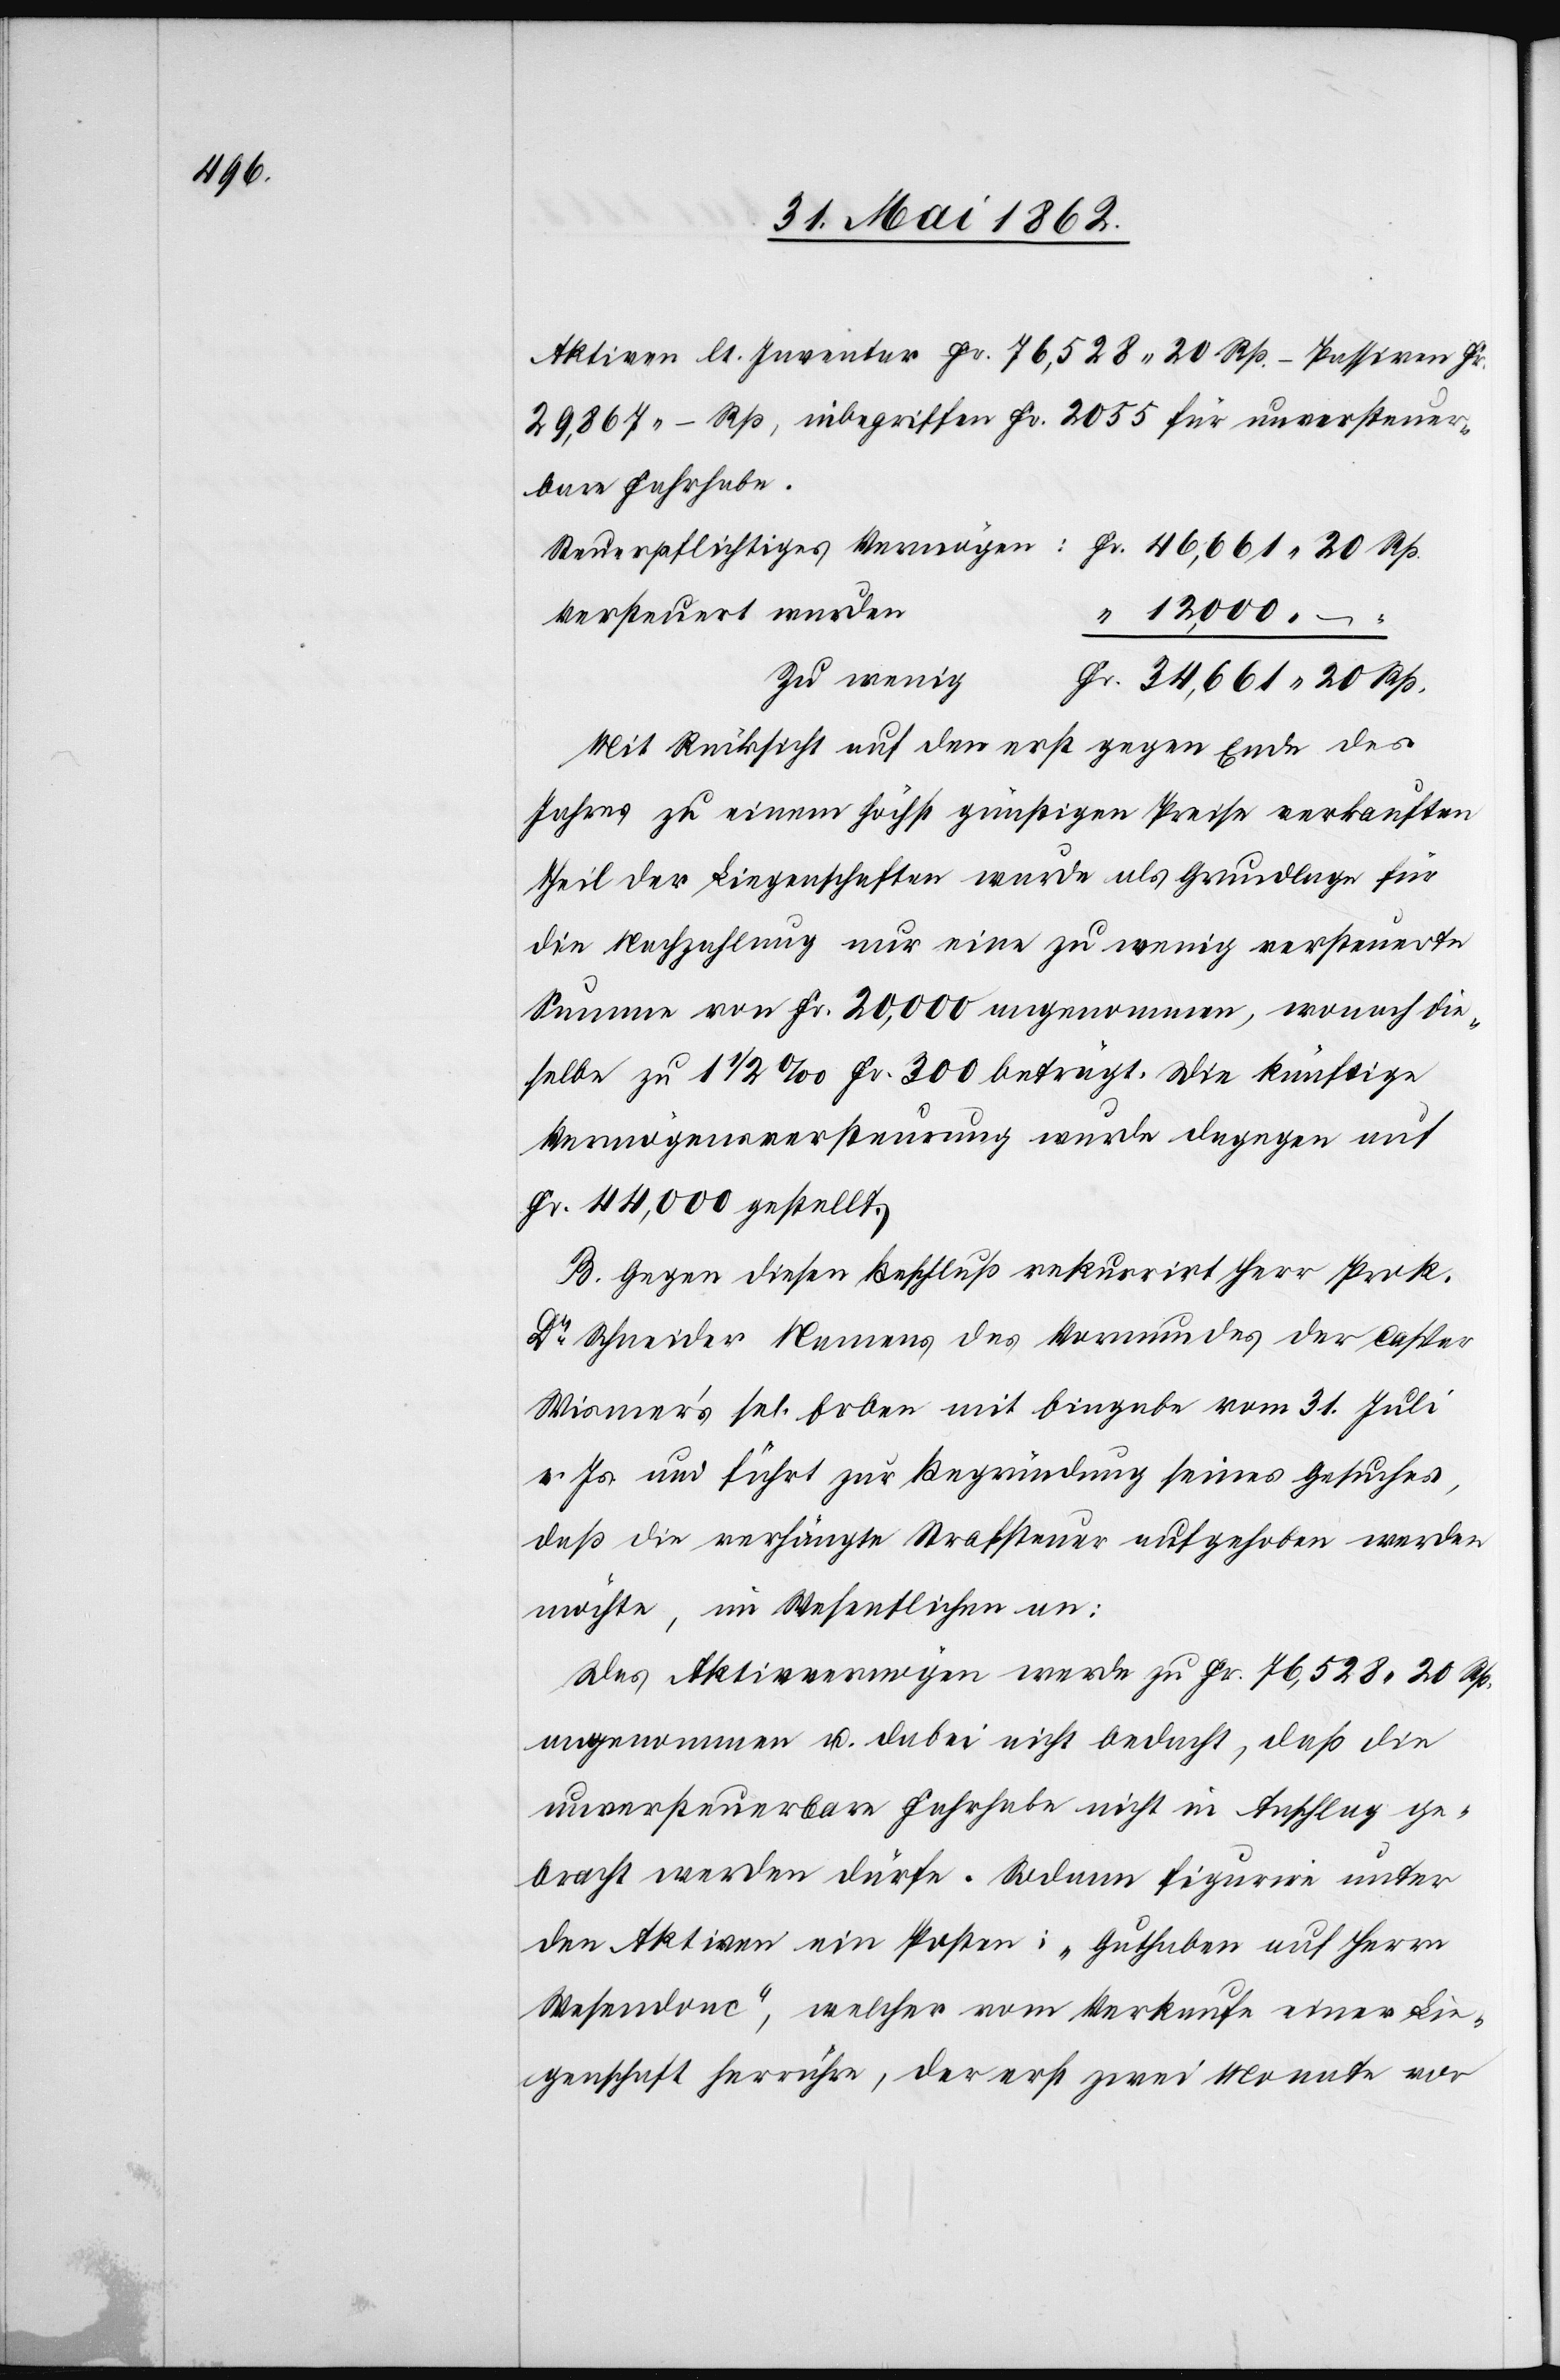
Aktiven lt. Inventar Fr. 76,528 20 Rp. – Passiven Fr.
29,867 – Rp., inbegriffen Fr. 2055 für unversteuer¬
bare Fahrhabe.
Versteuert wurden
12,000
Zu wenig
Mit Rücksicht auf den erst gegen Ende des
Jahres zu einem höchst günstigen Preise verkauften
Theil der Liegenschaften wurde als Grundlage für
die Nachzahlung nur eine zu wenig versteuerte
Summe von Fr. 20,000 angenommen, wonach die¬
selbe zu 1 1/2‰ Fr. 300 beträgt. Die künftige
Vermögensversteurung wurde dagegen auf
Fr. 44,000 gestellt.
B. Gegen diesen Beschluß rekurrirt Herr Prok.
Dr. Schneider Namens des Vormundes der Caspar
Wismer’s sel. Erben mit Eingabe vom 31. Juli
v. Js. und führt zur Begründung seines Gesuches,
daß die verhängte Strafsteuer aufgehoben werden
möchte, im Wesentlichen an:
Das Aktivvermögen werde zu Fr. 76,528 20 Rp.
angenommen u. dabei nicht bedacht, daß die
unversteuerbare Fahrhabe nicht in Anschlag ge¬
bracht werden dürfe. Sodann figurire unter
den Aktiven ein Posten: „Guthaben auf Herrn
Wesendonc“, welcher vom Verkaufe einer Lie¬
genschaft herrühre, der erst zwei Monate vor